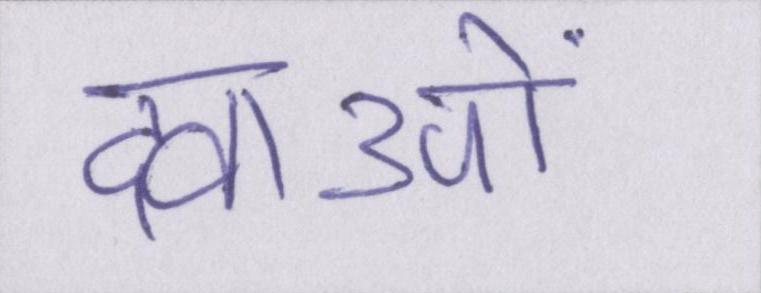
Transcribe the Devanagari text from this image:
दवाओं